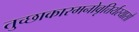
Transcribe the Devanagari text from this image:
तुच्छाकारमनोवृत्तिर्यस्यासौ